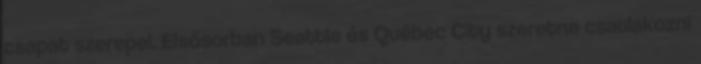
csapat szerepel. Elsősorban Seattle és Québec City szeretne csatlakozni